Annual administration report of the Civil Veterinary Department, Ajmere-Merwara, British Rajputana - 1914-1940
Year: 1914
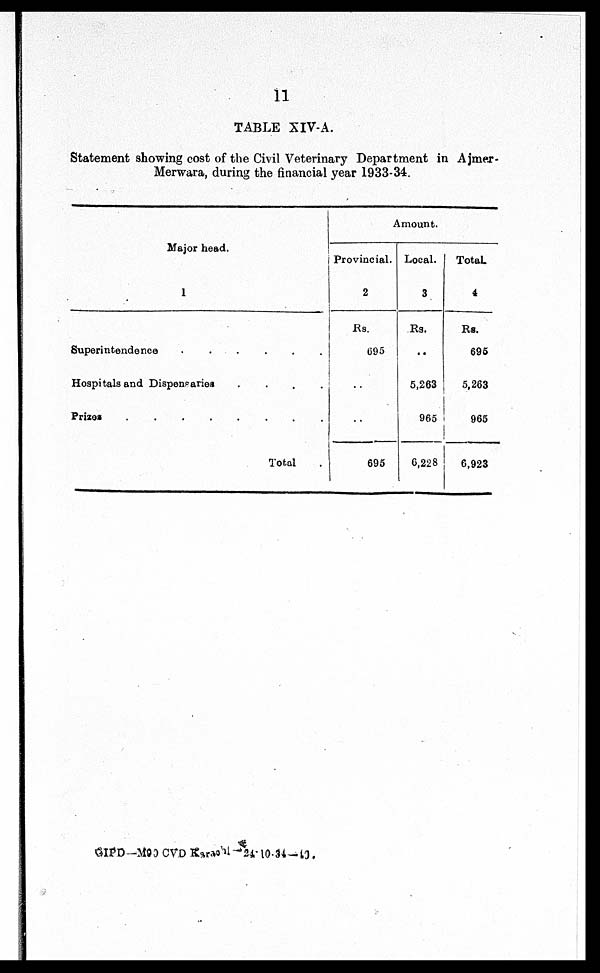
11
TABLE XIV-A.
Statement showing cost of the Civil Veterinary Department in Ajmer-
Merwara, during the financial year 1933-34.
Major head.
1
Superintendence . . . . . .
Hospitals and Dispensaries . . . .
Prizes . . . . . . . .
Total
Amount.
Provincial.
2
Rs.
695
..
..
695
Local.
3
Rs.
..
5,263
965
6,228
Total
4
Rs.
695
5,263
965
6,923
GIPD—M90 CVD Karachi—24-10-34—40.